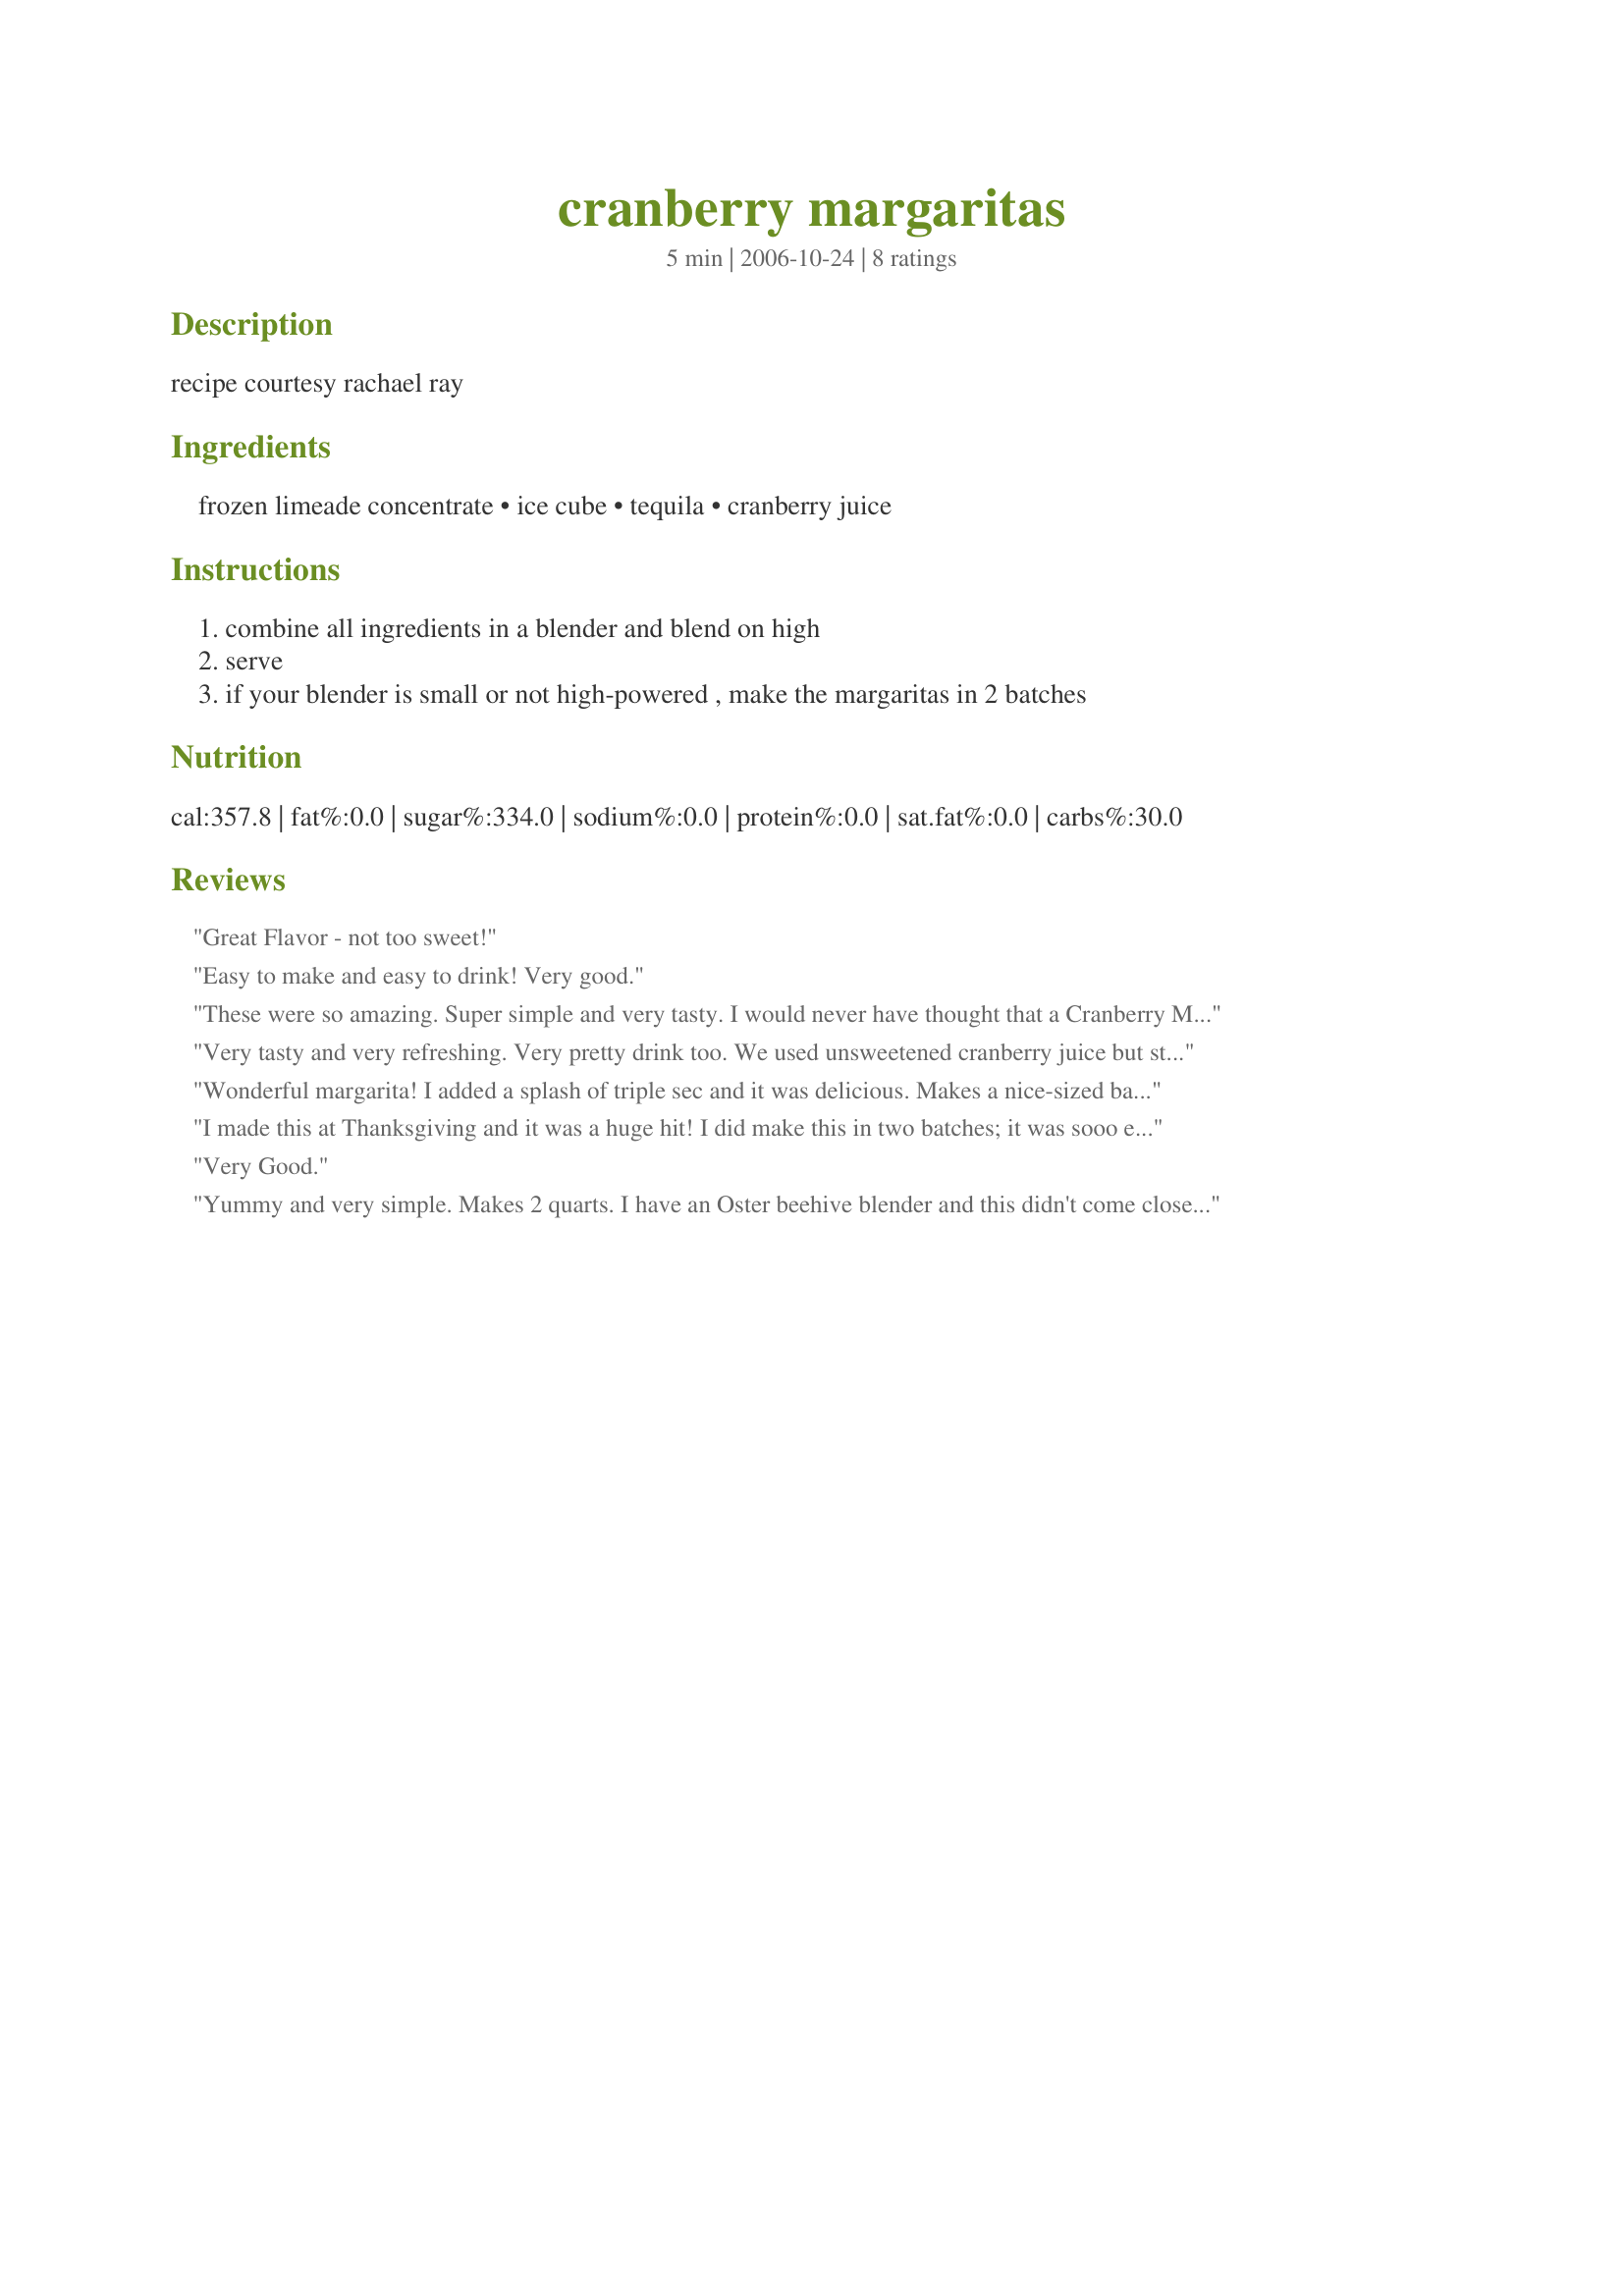
cranberry margaritas
Preparation time: 5 minutes

recipe courtesy rachael ray

Ingredients:
frozen limeade concentrate, ice cube, tequila, cranberry juice

Steps:
combine all ingredients in a blender and blend on high, serve, if your blender is small or not high-powered , make the margaritas in 2 batches

Reviews:
Great Flavor - not too sweet!
Easy to make and easy to drink! Very good.
These were so amazing. Super simple and very tasty. I would never have thought that a Cranberry Margarita would be that good but these made me a believer! My BF gave them 5 stars as well. I used low sugar cranberry juice too. Thanks!!
Very tasty and very refreshing. Very pretty drink too. We used unsweetened cranberry juice but still added a cup of soda water to cut the sweetness. Really enjoyed this and will be making it a lot this summer.
Wonderful margarita! I added a splash of triple sec and it was delicious. Makes a nice-sized batch. Served a couple and put the rest in the freezer for future use. Thanks for sharing!
I made this at Thanksgiving and it was a huge hit! I did make this in two batches; it was sooo easy. Will definately be making this again. Made according to directions. Thanks!!
Very Good.
Yummy and very simple. Makes 2 quarts. I have an Oster beehive blender and this didn't come close to fitting, so made in two batches. Thanks for sharing the recipe!
